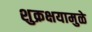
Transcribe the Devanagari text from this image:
शुक्रक्षयामुळे